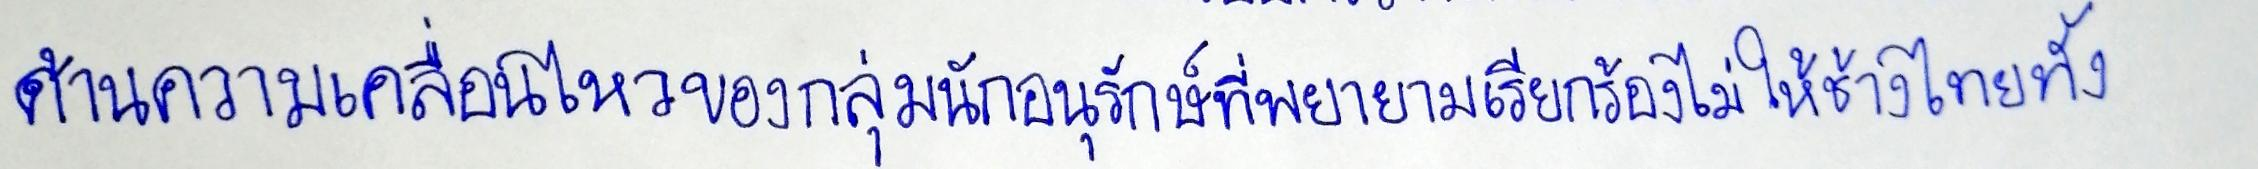
ด้านความเคลื่อนไหวของกลุ่มนักอนุรักษ์ที่พยายามเรียกร้องไม่ให้ช้างไทยทั้ง